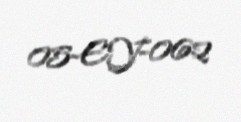
05-EY-062